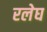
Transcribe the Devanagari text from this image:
रलेघ